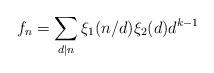
LaTeX: \begin{align*}f_n=\sum_{d\mid n}\xi_1(n/d)\xi_2(d)d^{k-1}\end{align*}